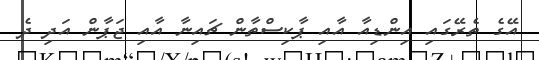
އޭގެ ތެރޭގައި އިންޑިއާ އާއި ޕާކިސްތާން ޗައިނާ އާއި ޖަޕާން އަދި ދެ